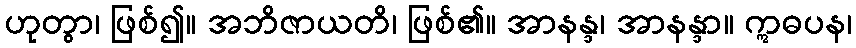
ဟုတွာ၊ ဖြစ်၍။ အဘိဇာယတိ၊ ဖြစ်၏။ အာနန္ဒ၊ အာနန္ဒာ။ ဣဓပန၊